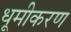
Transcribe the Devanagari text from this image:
धूमीकरण